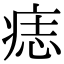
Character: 痣